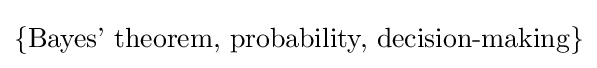
\{{\text{Bayes' theorem, probability, decision-making}}\}